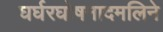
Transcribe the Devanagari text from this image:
घर्घरघोषनादमलिने